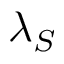
\lambda _ { S }